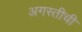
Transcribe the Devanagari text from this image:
अगस्तीची